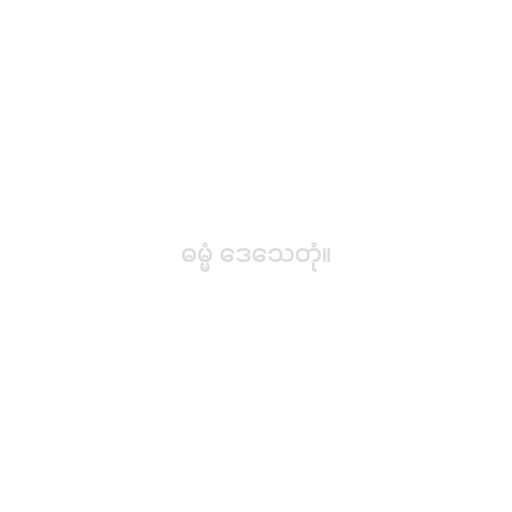
ဓမ္မံ ဒေသေတုံ။